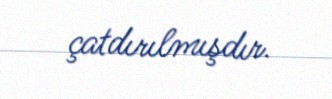
çatdırılmışdır.